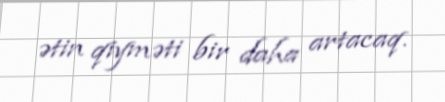
ətin qiyməti bir daha artacaq.